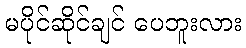
မပိုင်ဆိုင်ချင် ပေဘူးလား